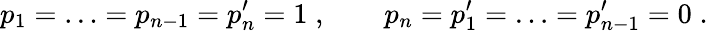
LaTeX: p_{1}=\ldots=p_{n-1}=p_{n}^{\prime}=1\; ,\qquad p_{n}=p_{1}^{\prime}=\ldots=p_{n-1}^{\prime}=0\; .